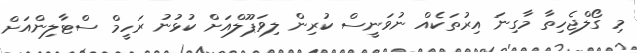
މި ގޯލްޖެހިތާ މާގިނަ އިރުތަކެއް ނުވަނީސް ކުރިން ލިވަޕޫލްއަށް ކުޅުނު ރަހީމް ސްޓާލިންއަށް